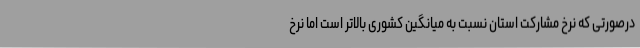
درصورتی که نرخ مشارکت استان نسبت به میانگین کشوری بالاتر است اما نرخ